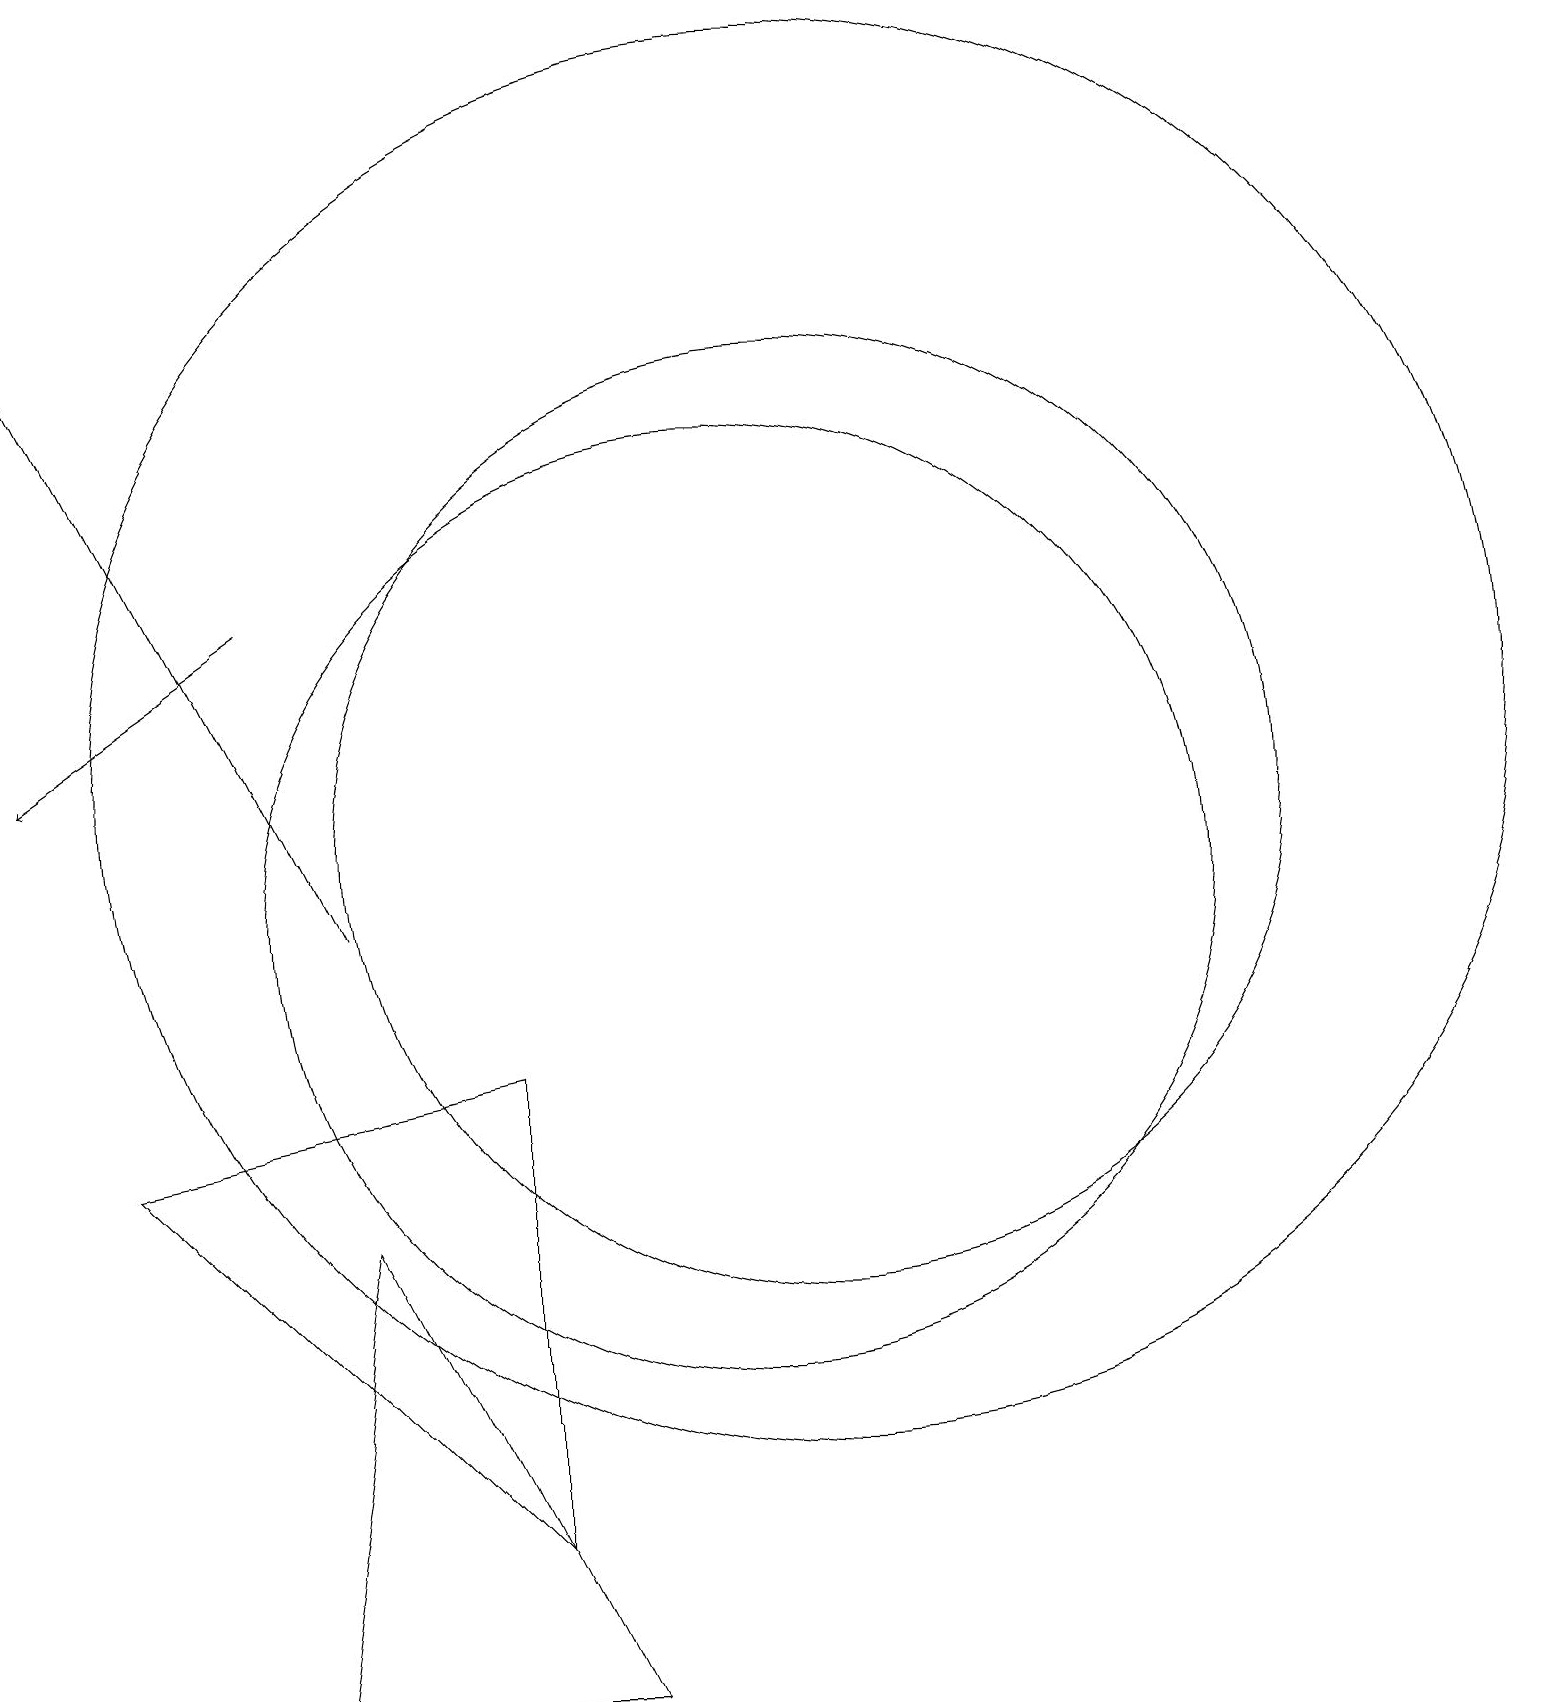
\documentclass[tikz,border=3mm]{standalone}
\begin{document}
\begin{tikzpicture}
\draw (10,10) circle (6);
\draw (7,2) -- (7,8) -- (2,7) -- cycle;
\draw[->] (4,14) -- (1,12);
\draw (5,6) -- (4,0) -- (8,0) -- cycle;
\draw[->] (5,10) -- (1,18);
\draw (11,11) circle (6);
\draw (11,12) circle (9);
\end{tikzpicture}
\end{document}